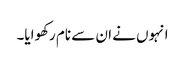
انہوں نے ان سے نام رکھوایا۔